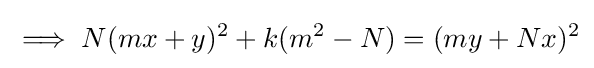
\implies N(mx+y)^{2}+k(m^{2}-N)=(my+Nx)^{2}